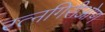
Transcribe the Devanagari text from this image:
रत्नगिरीओण